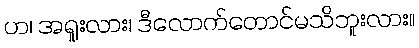
ဟ၊ အရူးလား၊ ဒီလောက်တောင်မသိဘူးလား။